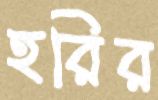
হরির